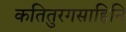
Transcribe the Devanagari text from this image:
कतितुरगसाहिनि